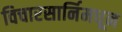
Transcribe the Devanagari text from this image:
विचारसार्निमधून